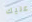
عليك